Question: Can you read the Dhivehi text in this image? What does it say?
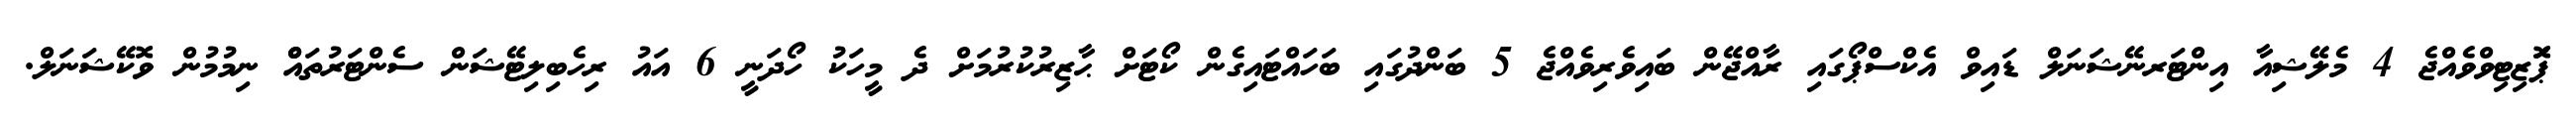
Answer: ޕަޮޒިޓިވްވެއްޖެ 4 މެލޭޝިއާ އިންޓަރނޭޝަނަލް ޑައިވް އެކްސްޕޯގައި ރާއްޖޭން ބައިވެރިވެއްޖެ 5 ބަންދުގައި ބަހައްޓައިގެން ކޯޓަށް ޙާޒިރުކުރުމަށް ދެ މީހަކު ހޯދަނީ 6 އައު ރިހެބިލިޓޭޝަން ސެންޓަރުތައްް ނިމުމުން ވޮކޭޝަނަލް.